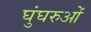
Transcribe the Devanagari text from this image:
घुंघरुओं